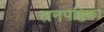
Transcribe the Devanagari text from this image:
तनपट्टिका